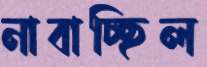
নাবাচ্ছিল